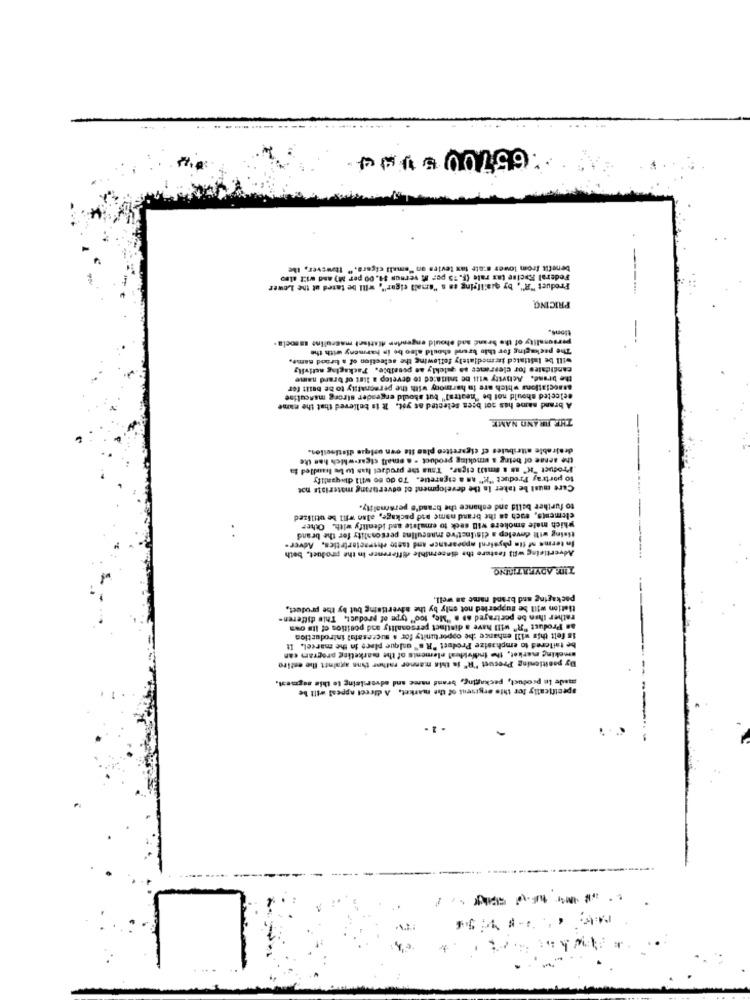
------
.65700 5V44.
benefit from lower s:att tax tevies on "emall cigars," Itowsver, the
-
Federal Excise tax rale (F. 75 por It vernun $4. 00 per M) and will also
Product "R", by qualifying es s "small cigar", will be tared at the Lower
PRICING
tions,
The packaging for this brand should also be in harmony with the
personality of the brand sad should engender distinct masculino masoela
will be Initiated incmedlately following the selection of a brand name,
candidates for clesrance so quickly as possible. Packaging nctivily
the brand. Activity will be initiated to develop a list of brand name
associations which are in harmony with the personality to be built for
eelected should not be "neutral" but should ergesder strong masculine
A brand name has sot been selected as yet. It is believed that the name
THE BRAND NAME
dealrable attributes cf cigaretteo pine Ste own unique distinction.
the sense of being a smoking product - a small cigar-w Mch has the
Product "H" as & emil) cigar. Taus the product has to be handled ta
to portray Product "I" as a cigarette. 70 do so will diqualify
Care must be taker in the development of odveruring materiste not
to further balld and enhance the brand's personality.
elements, such as the brand name asd package, alan will be utilized
which male smokers will seck to emulate and Identify with. Other
tising will develop a distinctive masculins personality for the b
In terme af fia physieni appearance and taste characteristics, Adver-
Advertising will feature the discernible difference in the product, both
TID: ADVERTISING
packaging and brand name as well.
tiation will be supperied not only by the advertising but by the product,
rather than be portrayed as a "Me, too" type of product, This differen-
as Product "R" will have a distinct personality and position of its own
is felt this will enhance the opportunity for a successful introduction
smoking market, the Individual elements of the marketing program can
be tailored to emphasize Product "R a" calque place in the marcel. I
Dy positioning Presuet "R" is this manner rather than against the entire
made in product, packaging, brand name and advertising to this augment.
specifically for this ergreeni of the market, A direct appeal will be
-----